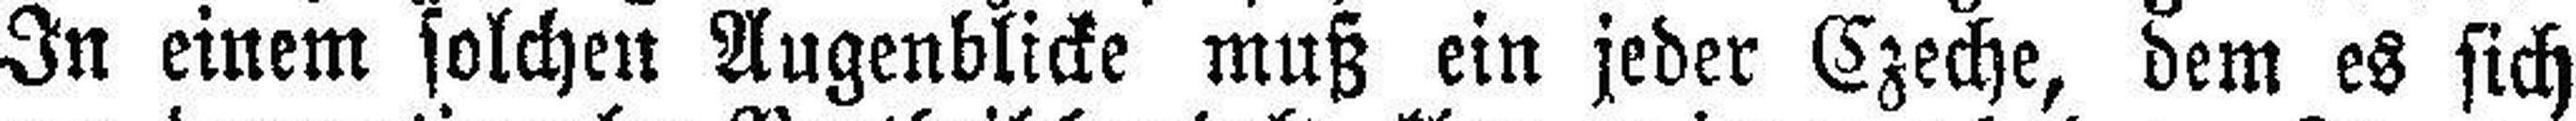
In einem solchen Augenblicke muß ein jeder Czeche, dem es sich